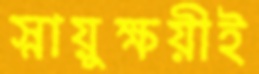
স্নায়ুক্ষয়ীই